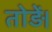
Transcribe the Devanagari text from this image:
तोड़ें।